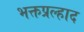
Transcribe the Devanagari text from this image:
भक्तप्रल्हाद